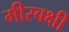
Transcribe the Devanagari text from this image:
मीरबक्षी